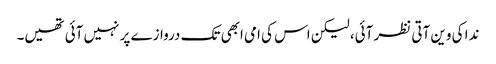
ندا کی وین آتی نظر آئی، لیکن اس کی امی ابھی تک دروازے پر نہیں آئی تھیں۔